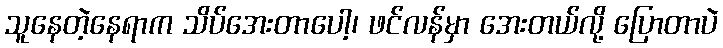
သူနေတဲ့နေရာက သိပ်အေးတာပေါ့၊ ဖင်လန်မှာ အေးတယ်လို့ ပြောတာပဲ